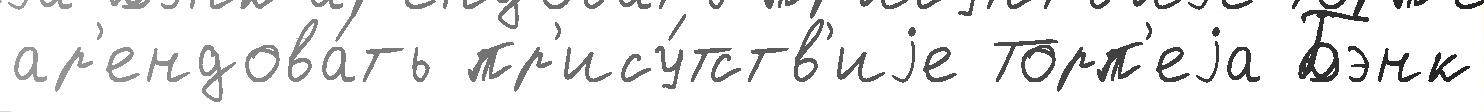
ар'ендова́ть пр'ису́тств'иjе Торп'еjа Бэнк